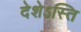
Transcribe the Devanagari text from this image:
देशेऽस्ति